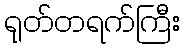
ရုတ်တရက်ကြီး